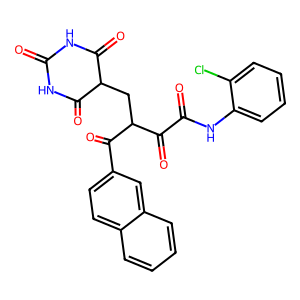
SMILES: O=C1NC(=O)C(CC(C(=O)C(=O)Nc2ccccc2Cl)C(=O)c2ccc3ccccc3c2)C(=O)N1
Inhibits HIV replication: No